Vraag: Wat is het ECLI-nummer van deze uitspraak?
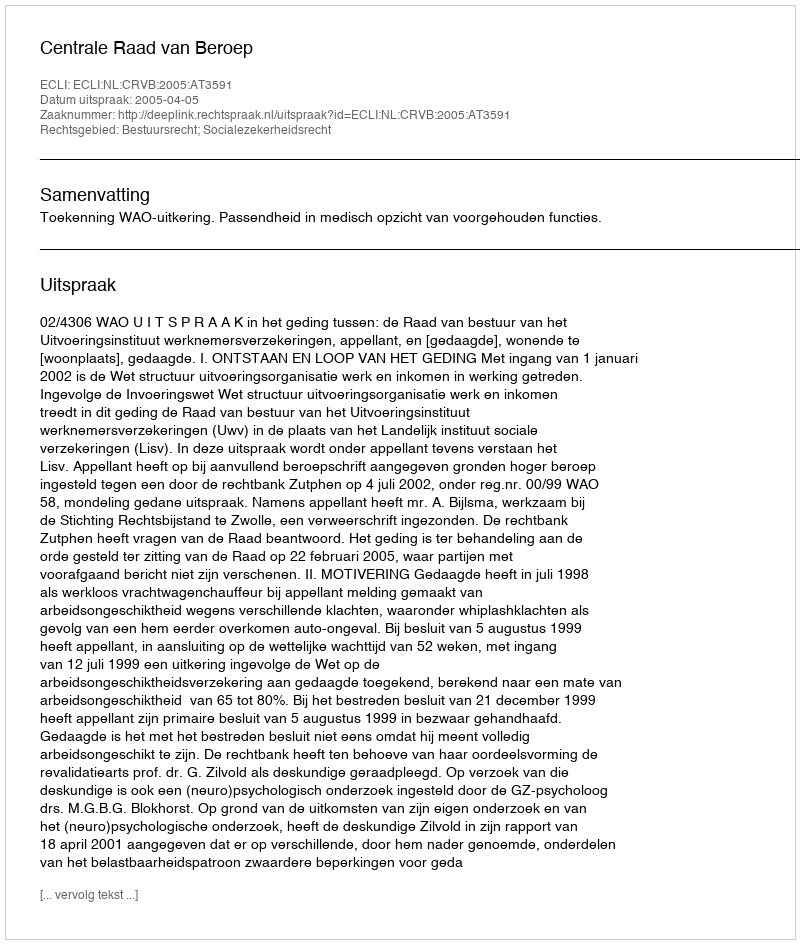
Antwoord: ECLI:NL:CRVB:2005:AT3591